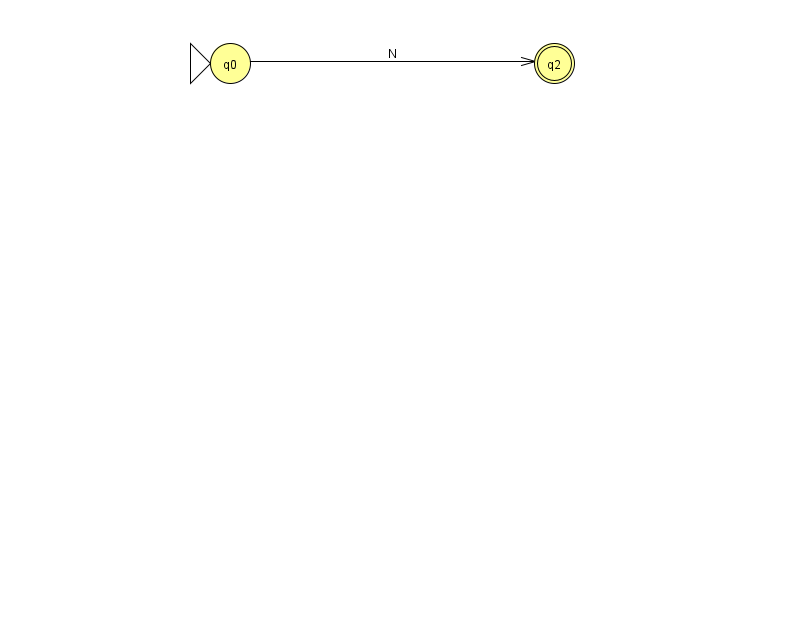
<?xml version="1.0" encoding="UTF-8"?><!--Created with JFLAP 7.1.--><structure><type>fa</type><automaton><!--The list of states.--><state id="0" name="q0"><x>230.0</x><y>50.0</y><initial/></state><state id="2" name="q2"><x>554.0</x><y>50.0</y><final/></state><!--The list of transitions.--><transition><from>0</from><to>2</to><read>N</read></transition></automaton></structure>